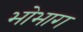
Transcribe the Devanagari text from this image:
भोभाग